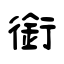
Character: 銜